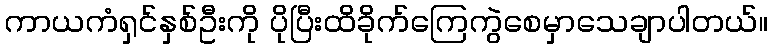
ကာယကံရှင်နှစ်ဦးကို ပိုပြီးထိခိုက်ကြေကွဲစေမှာသေချာပါတယ်။